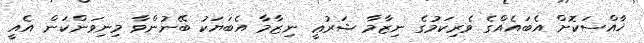
ޚާއްސަކޮށް އެބައެއްގެ ވެރިކަމުގެ ނިޒާމާ ޝަރުޢީ ނިޒާމާ އެބަޔަކު ބޭނުންވާ މިނިވަންކަން އެއީ